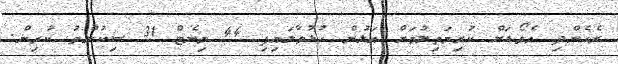
ރެހެންދި އެވޯޑަށް ކުރިމަތިލުމަށް އަލުން ހުޅުވާލައިފި 44 މިނެޓް 31 ސިކުންތު ކުރިން.